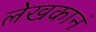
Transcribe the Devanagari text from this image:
लेखकानं